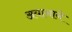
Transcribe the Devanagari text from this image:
अयानाने